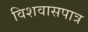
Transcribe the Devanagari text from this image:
विशवासपात्र